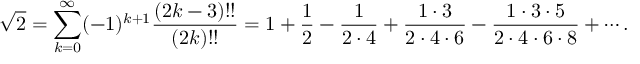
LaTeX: { \sqrt { 2 } } = \sum _ { k = 0 } ^ { \infty } ( - 1 ) ^ { k + 1 } { \frac { ( 2 k - 3 ) ! ! } { ( 2 k ) ! ! } } = 1 + { \frac { 1 } { 2 } } - { \frac { 1 } { 2 \cdot 4 } } + { \frac { 1 \cdot 3 } { 2 \cdot 4 \cdot 6 } } - { \frac { 1 \cdot 3 \cdot 5 } { 2 \cdot 4 \cdot 6 \cdot 8 } } + \cdots .